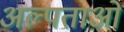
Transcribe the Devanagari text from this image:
अल्पताओं